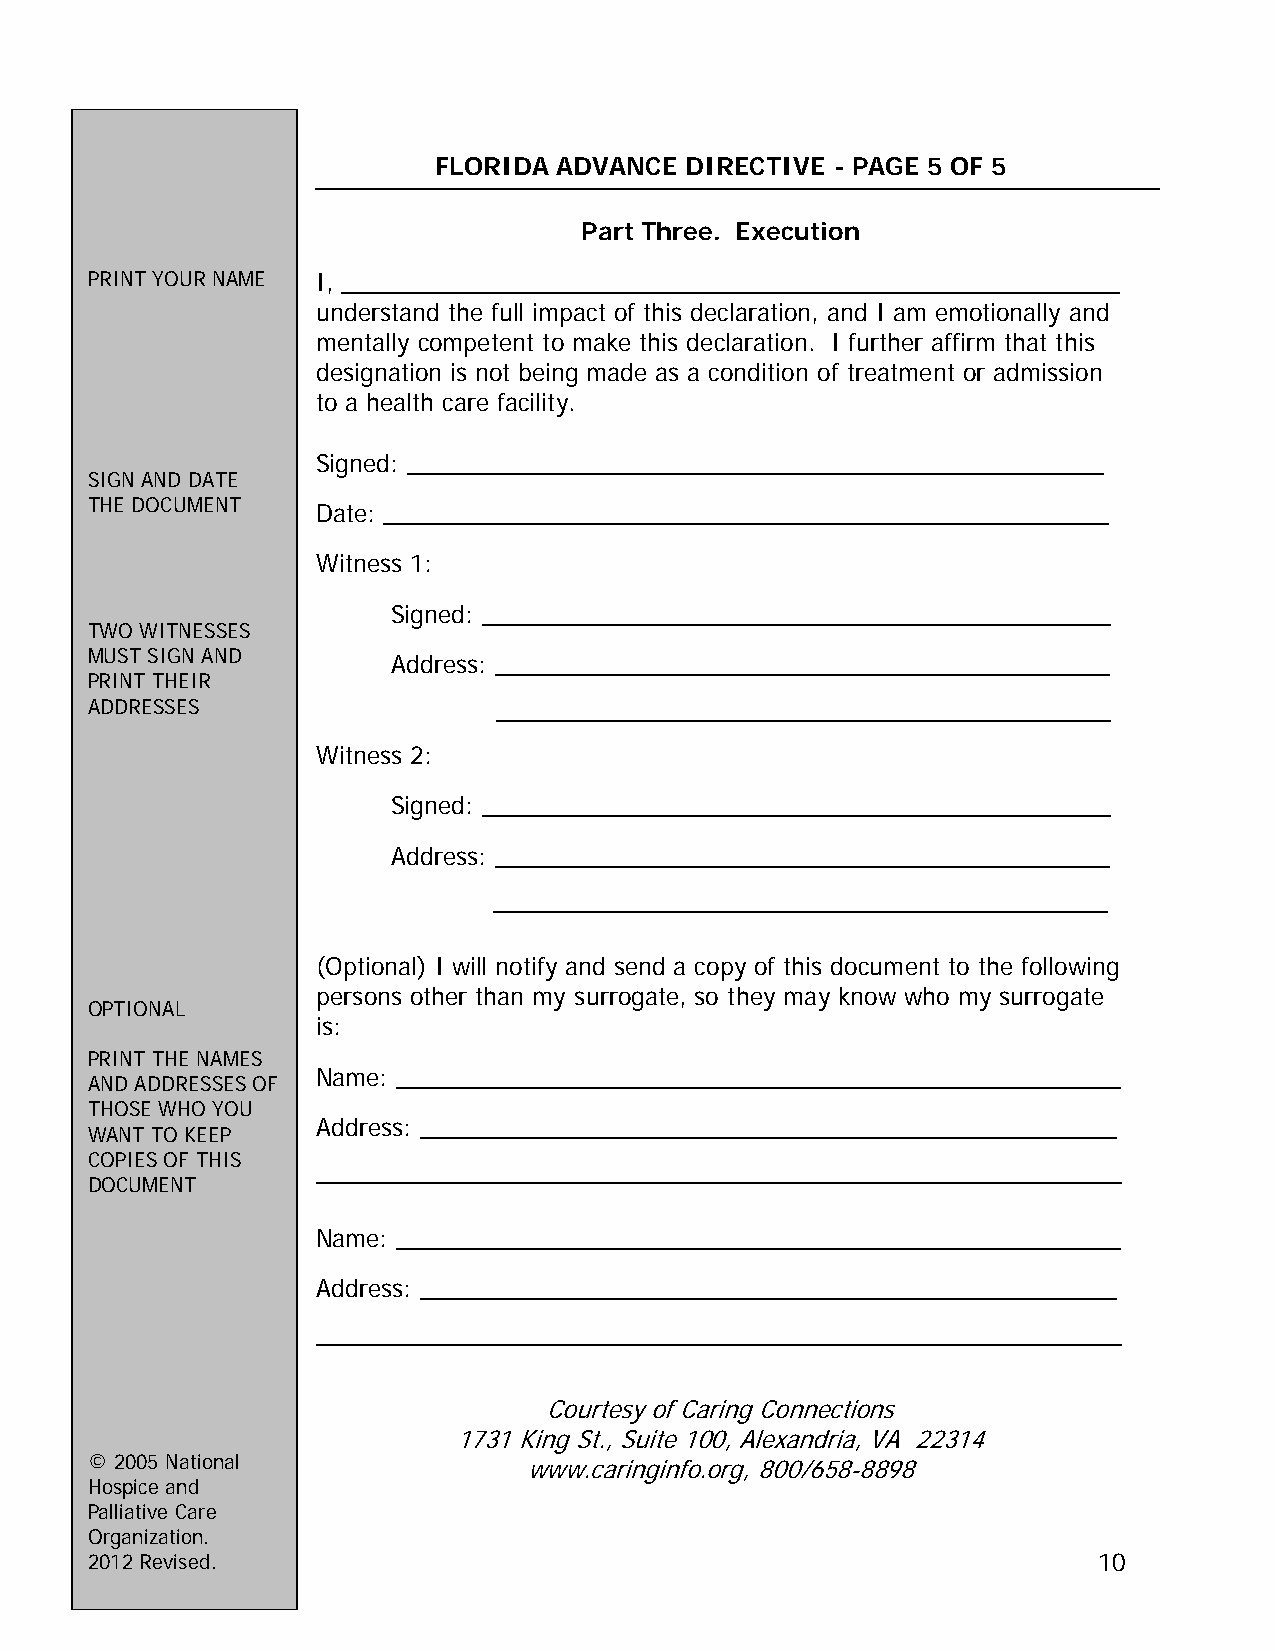
FLORIDA ADVANCE DIRECTIVE - PAGE 5 OF 5
 Part Three. Execution
 PRINT YOUR NAME I, _________________________________________________________
 understand the full impact of this declaration, and I am emotionally and
 mentally competent to make this declaration. I further affirm that this
 designation is not being made as a condition of treatment or admission
 to a health care facility.
 Signed: ___________________________________________________
 SIGN AND DATE
 THE DOCUMENT
 Date: _____________________________________________________
 Witness 1:
 Signed: ______________________________________________
 TWO WITNESSES
 MUST SIGN AND
 Address: _____________________________________________
 PRINT THEIR
 ADDRESSES                  _____________________________________________
 Witness 2:
 Signed: ______________________________________________
 Address: _____________________________________________
 _____________________________________________
 (Optional) I will notify and send a copy of this document to the following
 persons other than my surrogate, so they may know who my surrogate
 OPTIONAL
 is:
 PRINT THE NAMES
 Name: _____________________________________________________
 AND ADDRESSES OF
 THOSE WHO YOU
 Address: ___________________________________________________
 WANT TO KEEP
 COPIES OF THIS
 ___________________________________________________________
 DOCUMENT
 Name: _____________________________________________________
 Address: ___________________________________________________
 ___________________________________________________________
 Courtesy of Caring Connections
 1731 King St., Suite 100, Alexandria, VA 22314
 © 2005 National              www.caringinfo.org, 800/658-8898
 Hospice and
 Palliative Care
 Organization.
 2012 Revised.                                                      10